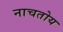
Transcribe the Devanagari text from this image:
नाचतोय